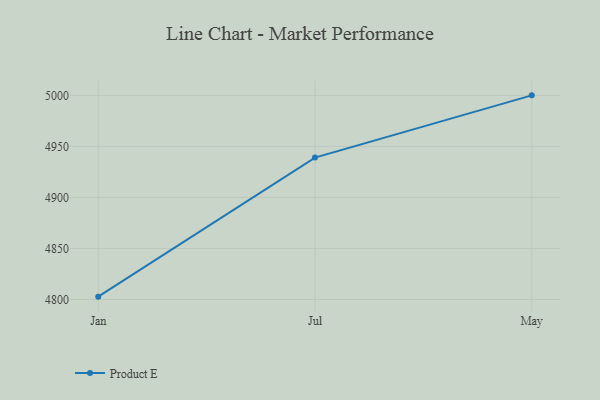
{"axis": {"x": "Month", "y": "Customer Acquisition Cost (USD)"}, "legend": ["Product E"], "data": [{"x": "Jan", "y": 4802.8, "type": "Product E"}, {"x": "Jul", "y": 4939.0, "type": "Product E"}, {"x": "May", "y": 5000, "type": "Product E"}]}